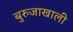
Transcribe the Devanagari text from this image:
बुरुजाखाली